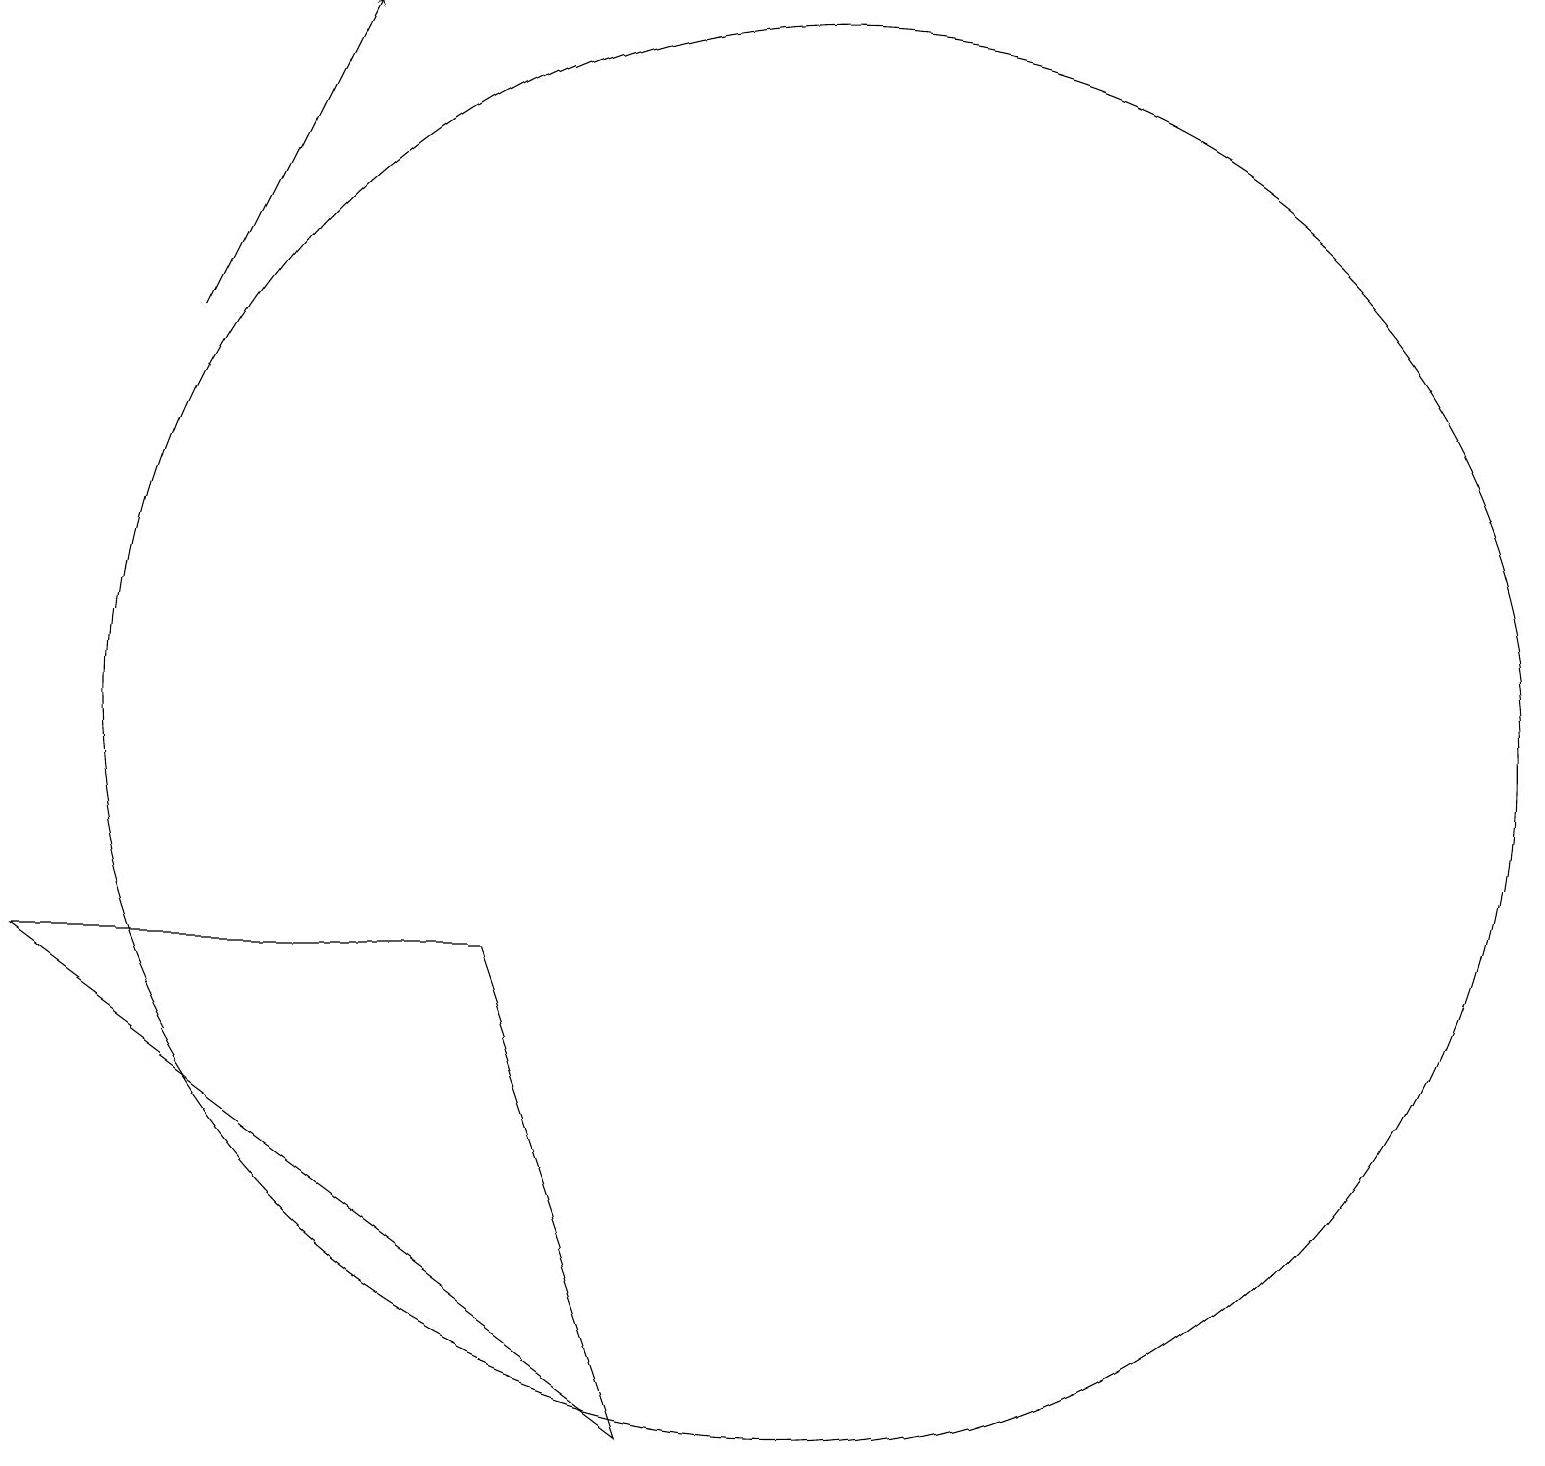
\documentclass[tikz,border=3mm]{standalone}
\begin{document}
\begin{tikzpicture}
\draw (6,7) -- (8,1) -- (0,7) -- cycle;
\draw[->] (2,15) -- (4,19);
\draw (10,10) circle (9);
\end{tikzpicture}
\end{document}